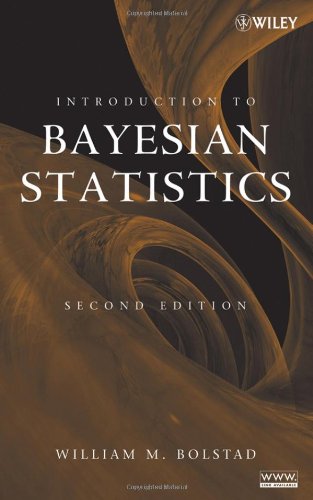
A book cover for Introduction to Bayesian Statistics, 2nd Edition; William M. Bolstad; Medical Books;